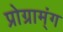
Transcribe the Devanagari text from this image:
प्रोग्राम्ंग